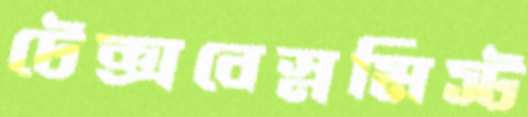
টেক্সবেস্নমিস্ট